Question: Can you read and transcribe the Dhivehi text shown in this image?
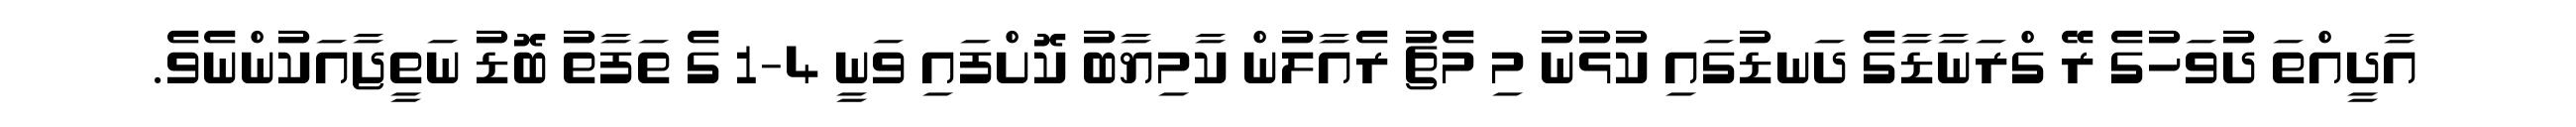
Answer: އާދީއްތަ ދުވަހުގެ ރޭ ގްރަނާޑާގެ ދަނޑުގައި ކުޅުނު މި މެޗު ރެއާލުން ކާމިޔާބު ކޮށްފައި ވަނީ 4-1 ގެ ތަފާތު ބޮޑު ނަތީޖާއަކުންނެވެ.